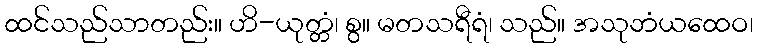
ထင်သည်သာတည်း။ ဟိ-ယုတ္တံ၊ စွ။ မတသရီရံ၊ သည်။ အသုဘံယထေဝ၊